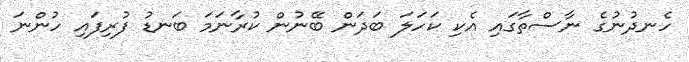
ހެނދުނުގެ ނާސްތާގައި އެކި ކަހަލަ ބަދަން ބޭނުން ކުރާނަމަ ބަނޑު ފުރިފައި ހުންނަ